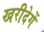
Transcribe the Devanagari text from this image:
खरीदेगें